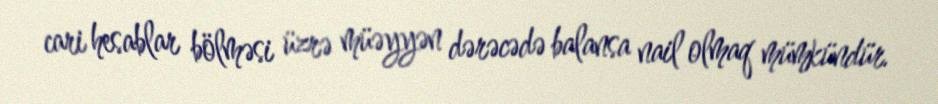
cari hesablar bölməsi üzrə müəyyən dərəcədə balansa nail olmaq mümkündür.